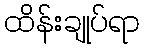
ထိန်းချုပ်ရာ